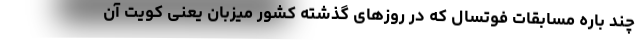
چند باره مسابقات فوتسال که در روزهای گذشته کشور میزبان یعنی کویت آن